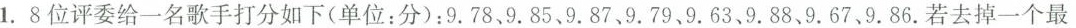
1. 8位评委给一名歌手打分如下(单位：分)：9.78、9.85、9.87、9.79、9.63、9.88、9.67、9.86.若去掉一个最